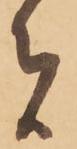
者